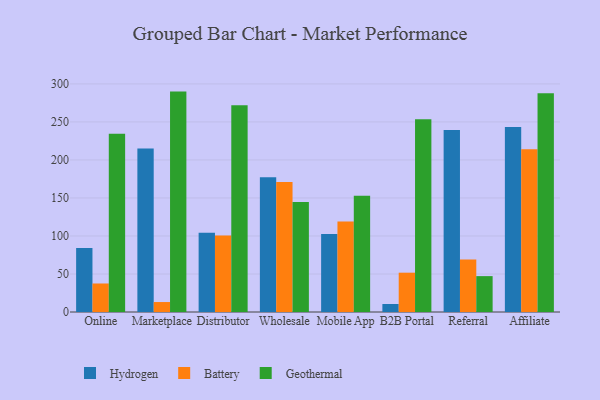
{"axis": {"x": "Channel", "y": "Net Income (USD K)"}, "legend": ["Battery", "Geothermal", "Hydrogen"], "data": [{"x": "Online", "y": 84.2, "type": "Hydrogen"}, {"x": "Online", "y": 37.5, "type": "Battery"}, {"x": "Online", "y": 234.3, "type": "Geothermal"}, {"x": "Marketplace", "y": 214.9, "type": "Hydrogen"}, {"x": "Marketplace", "y": 13.1, "type": "Battery"}, {"x": "Marketplace", "y": 289.9, "type": "Geothermal"}, {"x": "Distributor", "y": 104.2, "type": "Hydrogen"}, {"x": "Distributor", "y": 100.7, "type": "Battery"}, {"x": "Distributor", "y": 272.0, "type": "Geothermal"}, {"x": "Wholesale", "y": 177.2, "type": "Hydrogen"}, {"x": "Wholesale", "y": 170.9, "type": "Battery"}, {"x": "Wholesale", "y": 144.7, "type": "Geothermal"}, {"x": "Mobile App", "y": 102.6, "type": "Hydrogen"}, {"x": "Mobile App", "y": 119.2, "type": "Battery"}, {"x": "Mobile App", "y": 152.8, "type": "Geothermal"}, {"x": "B2B Portal", "y": 10.5, "type": "Hydrogen"}, {"x": "B2B Portal", "y": 51.7, "type": "Battery"}, {"x": "B2B Portal", "y": 253.4, "type": "Geothermal"}, {"x": "Referral", "y": 239.5, "type": "Hydrogen"}, {"x": "Referral", "y": 68.9, "type": "Battery"}, {"x": "Referral", "y": 47.2, "type": "Geothermal"}, {"x": "Affiliate", "y": 243.3, "type": "Hydrogen"}, {"x": "Affiliate", "y": 214.2, "type": "Battery"}, {"x": "Affiliate", "y": 287.7, "type": "Geothermal"}]}